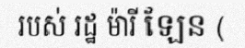
របស់ រដ្ឋ ម៉ារី ឡែន (